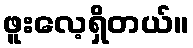
ဖူးလေ့ရှိတယ်။